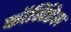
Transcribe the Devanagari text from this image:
कॉलिंडेल